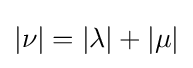
|\nu |=|\lambda |+|\mu |